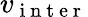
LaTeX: v_{\mathrm{~i~n~t~e~r~}}